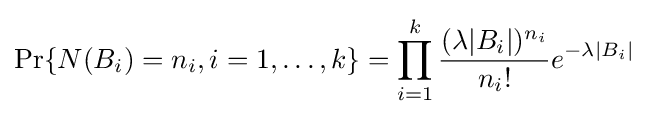
\Pr\{N(B_{i})=n_{i},i=1,\dots ,k\}=\prod _{i=1}^{k}{\frac {(\lambda |B_{i}|)^{n_{i}}}{n_{i}!}}e^{-\lambda |B_{i}|}